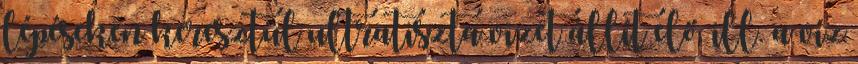
lépéseken keresztül ultratiszta vizet állít elő, ill. a víz